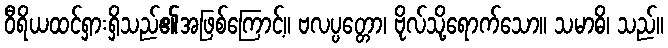
ဝီရိယထင်ရှားရှိသည်၏အဖြစ်ကြောင့်။ ဗလပ္ပတ္တော၊ ဗိုလ်သို့ရောက်သော။ သမာဓိ၊ သည်။